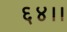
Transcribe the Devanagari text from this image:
६४।।